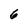
Character: 6